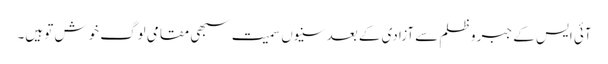
آئی ایس کے جبر و ظلم سے آزادی کے بعد سنیوں سمیت سبھی مقامی لوگ خوش تو ہیں۔